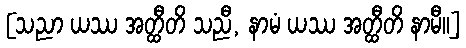
[သညာ ယဿ အတ္ထီတိ သညီ, နာမံ ယဿ အတ္ထီတိ နာမီ။]